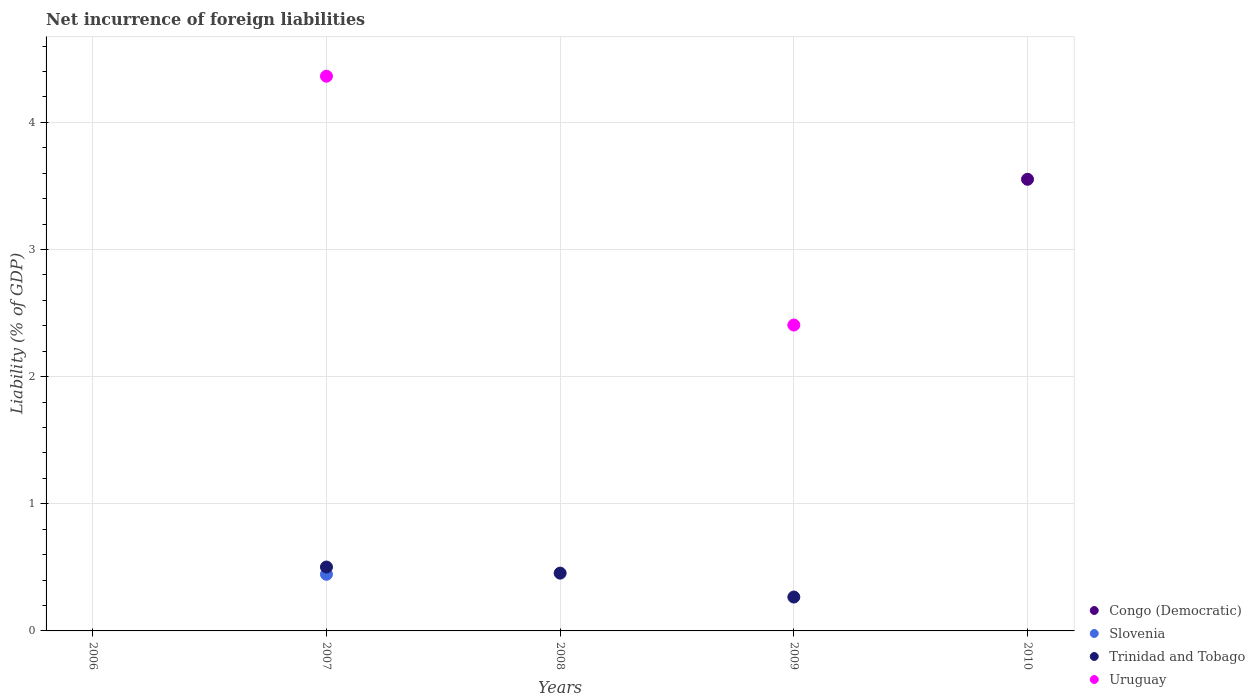
| Years | Congo (Democratic) | Slovenia | Trinidad and Tobago | Uruguay |
 | --- | --- | --- | --- | --- |
 | 2006 | -0.746 | -0.403 | -0.354 | -1.87 |
 | 2007 | -0.425 | 0.445 | 0.503 | 4.36 |
 | 2008 | -0.365 | -0.07 | 0.455 | -1.34 |
 | 2009 | -0.239 | -1.16 | 0.267 | 2.41 |
 | 2010 | 3.55 | -1.39 | -0.797 | -0.38 |